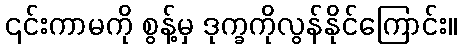
၎င်းကာမကို စွန့်မှ ဒုက္ခကိုလွန်နိုင်ကြောင်း။